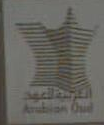
E